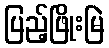
ပြည့်ဖြိုးမြဲ